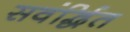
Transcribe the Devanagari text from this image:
सवंर्द्धित